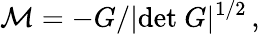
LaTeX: {\cal M}=-G/|\mathrm{det}\ G|^{1/2}\, ,